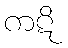
ကဋိ